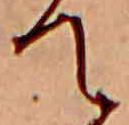
て